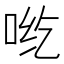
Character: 𰇡